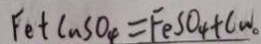
F e + C a S O _ { 4 } = F e S O _ { 4 } + C a 。